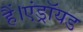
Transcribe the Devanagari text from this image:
हैं।एंड्रॉयड